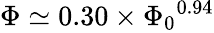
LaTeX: \begin{array}{r}{\Phi\simeq 0.30\times{\Phi_{0}}^{0.94}}\end{array}